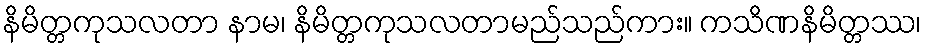
နိမိတ္တကုသလတာ နာမ၊ နိမိတ္တကုသလတာမည်သည်ကား။ ကသိဏနိမိတ္တဿ၊